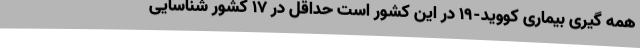
همه گیری بیماری کووید-۱۹ در این کشور است حداقل در ۱۷ کشور شناسایی